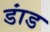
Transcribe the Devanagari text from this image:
डांड